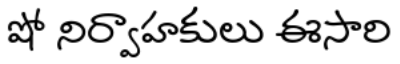
షో నిర్వాహకులు ఈసారి